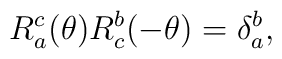
R_a^{c}(\theta) R_{c}^{b}(-\theta) = \delta_a^{b},